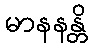
မာနနန္တိ